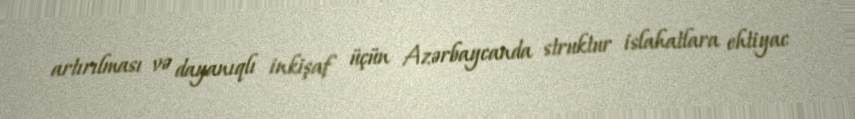
artırılması və dayanıqlı inkişaf üçün Azərbaycanda struktur islahatlara ehtiyac